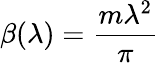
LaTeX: \beta(\lambda)=\frac{m\lambda^{2}}{\pi}